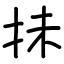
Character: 抺